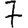
Digit: 7